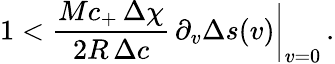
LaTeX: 1<\frac{Mc_{+}\, \Delta\chi}{2R\, \Delta c}\, \partial_{v}\Delta s(v)\biggr\vert_{v=0}\, .